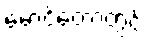
မောင်တောတွင်